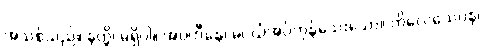
အသစ်သည်။ နတ္ထိ၊ မရှိပါ။ အပ္ပဟီနေ၊ မပယ်အပ်ကုန်သေးသော။ ကိလေသေပန၊